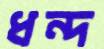
ধন্দ